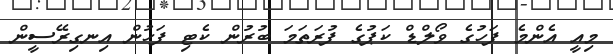
މިއީ އެންމެ ފަހުގެ ވޯލްޑް ކަޕުގެ ފުރަތަމަ ބުރުން ކެޓި ފަހުން އިނގިރޭސީން